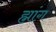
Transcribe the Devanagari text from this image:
ह्मांग